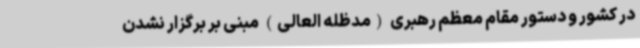
در کشور و دستور مقام معظم رهبری (مدظله العالی) مبنی بر برگزار نشدن